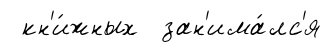
кн'и́жных зан'има́лс'я